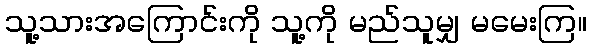
သူ့သားအကြောင်းကို သူ့ကို မည်သူမျှ မမေးကြ။